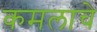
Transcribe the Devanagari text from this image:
कमलाचे